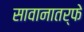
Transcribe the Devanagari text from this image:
सावानातर्फे